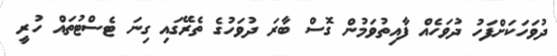
ދުވަހަކަށްފަހު ދުވަހެއް ފާއިތުވަމުން ގޮސް ބާރަ ދުވަހުގެ ތެރޭގައި ގިނަ ޓެސްޓުތައް ހުރީ